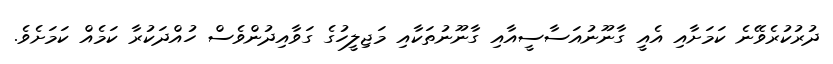
ދުރުކުރެވޭނެ ކަމަށާއި އެއީ ގާނޫނުއަސާސީއާއި ގާނޫނުތަކާއި މަޖިލީހުގެ ގަވާއިދުންވެސް ހުއްދަކުރާ ކަމެއް ކަމަށެވެ.